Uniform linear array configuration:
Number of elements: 16
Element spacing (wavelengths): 0.75
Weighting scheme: blackman
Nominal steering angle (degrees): -30
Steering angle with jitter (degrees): -28.836
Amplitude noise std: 0.05
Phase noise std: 0.05

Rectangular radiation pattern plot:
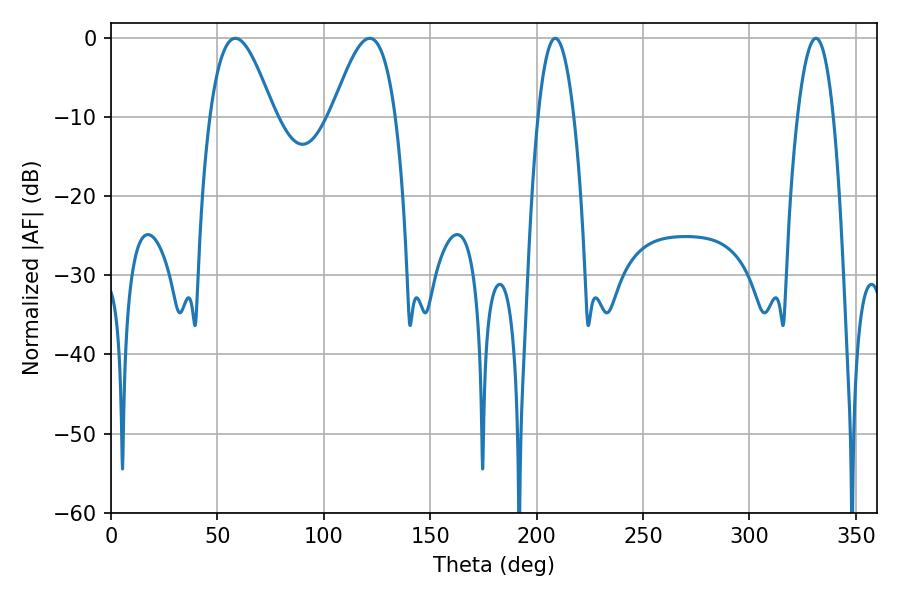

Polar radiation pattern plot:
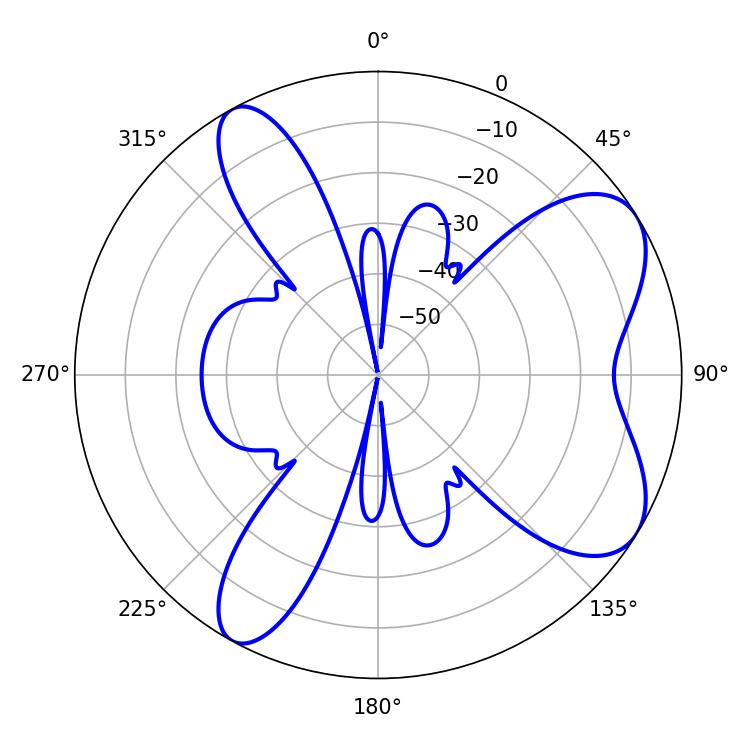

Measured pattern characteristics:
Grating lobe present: TRUE
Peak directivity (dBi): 7.199
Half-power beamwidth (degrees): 16.2
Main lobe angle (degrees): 58.5